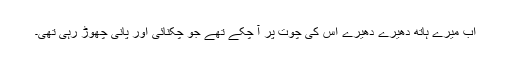
اب میرے ہاتھ دھیرے دھیرے اس کی چوت پر آ چکے تھے جو چکنائی اور پانی چھوڑ رہی تھی۔